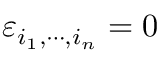
\varepsilon _ { i _ { 1 } , \cdots , i _ { n } } = 0